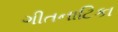
ગીતનાટિકા